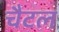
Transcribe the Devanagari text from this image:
चैटल